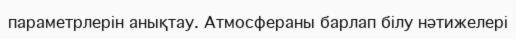
параметрлерін анықтау. Атмосфераны барлап білу нәтижелері